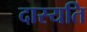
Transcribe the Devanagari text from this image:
दास्यति